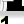
Digit: 1